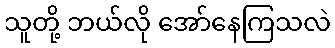
သူတို့ ဘယ်လို အော်နေကြသလဲ